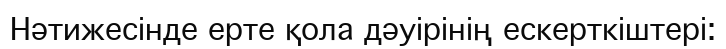
Нәтижесінде ерте қола дәуірінің ескерткіштері: